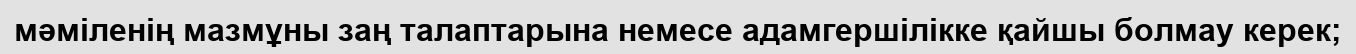
мәміленің мазмұны заң талаптарына немесе адамгершілікке қайшы болмау керек;